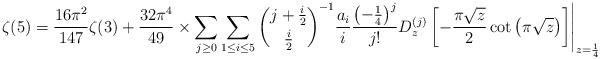
LaTeX: \begin{align*}\zeta(5) & = \frac{16 \pi^2}{147} \zeta(3) + \frac{32 \pi^4}{49} \times \sum_{j \geq 0} \sum_{1 \leq i \leq 5} \binom{j+\frac{i}{2}}{\frac{i}{2}}^{-1} \frac{a_i}{i} \frac{\left(-\frac{1}{4}\right)^j}{j!} D_z^{(j)}\left[ -\frac{\pi \sqrt{z}}{2} \cot\left(\pi \sqrt{z}\right) \right] \Biggr\rvert_{z = \frac{1}{4}}\end{align*}